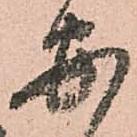
安